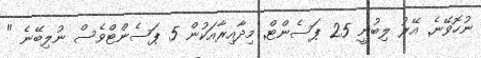
ނުހޮވޭނެ